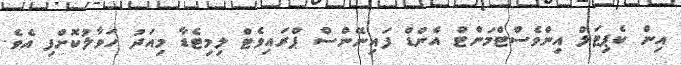
އިން ކެޕިޓަލް އިންވެސްޓްމަންޓް އެންޑް ފައިނޭންސް ޕްރައިވެޓް ލިމިޓެޑާ މިއަދު ހަވާލުކޮށްފި އެވެ.